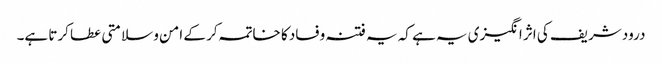
درود شریف کی اثر انگیزی یہ ہے کہ یہ فتنہ وفساد کا خاتمہ کر کے امن و سلامتی عطا کرتا ہے۔